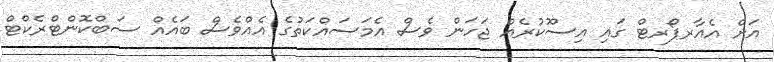
އަށް އެއާރޕޯރޓް ގައި އިސްުކުރެއް ޖަހަން ވެސް އެމަސައްކަތުގެ އެއްވެސް ބައެއް ސަބްކޮންޓްރެކްޓް